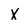
Character: X